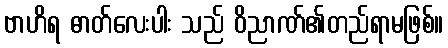
ဗာဟိရ ဓာတ်လေးပါး သည် ဝိညာဏ်၏တည်ရာမဖြစ်။